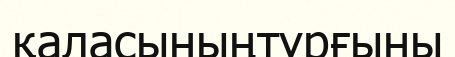
қаласыныңтұрғыны